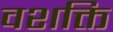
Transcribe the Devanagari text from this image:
वशक्ति